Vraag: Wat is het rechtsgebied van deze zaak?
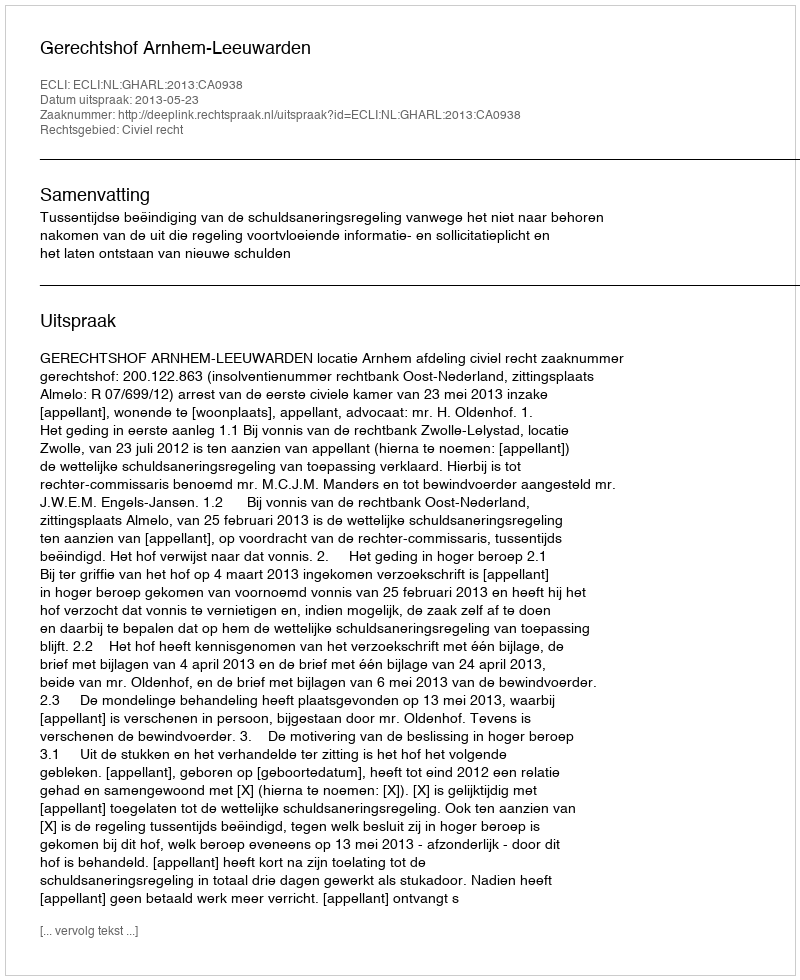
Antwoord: Civiel recht